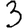
Digit: 3